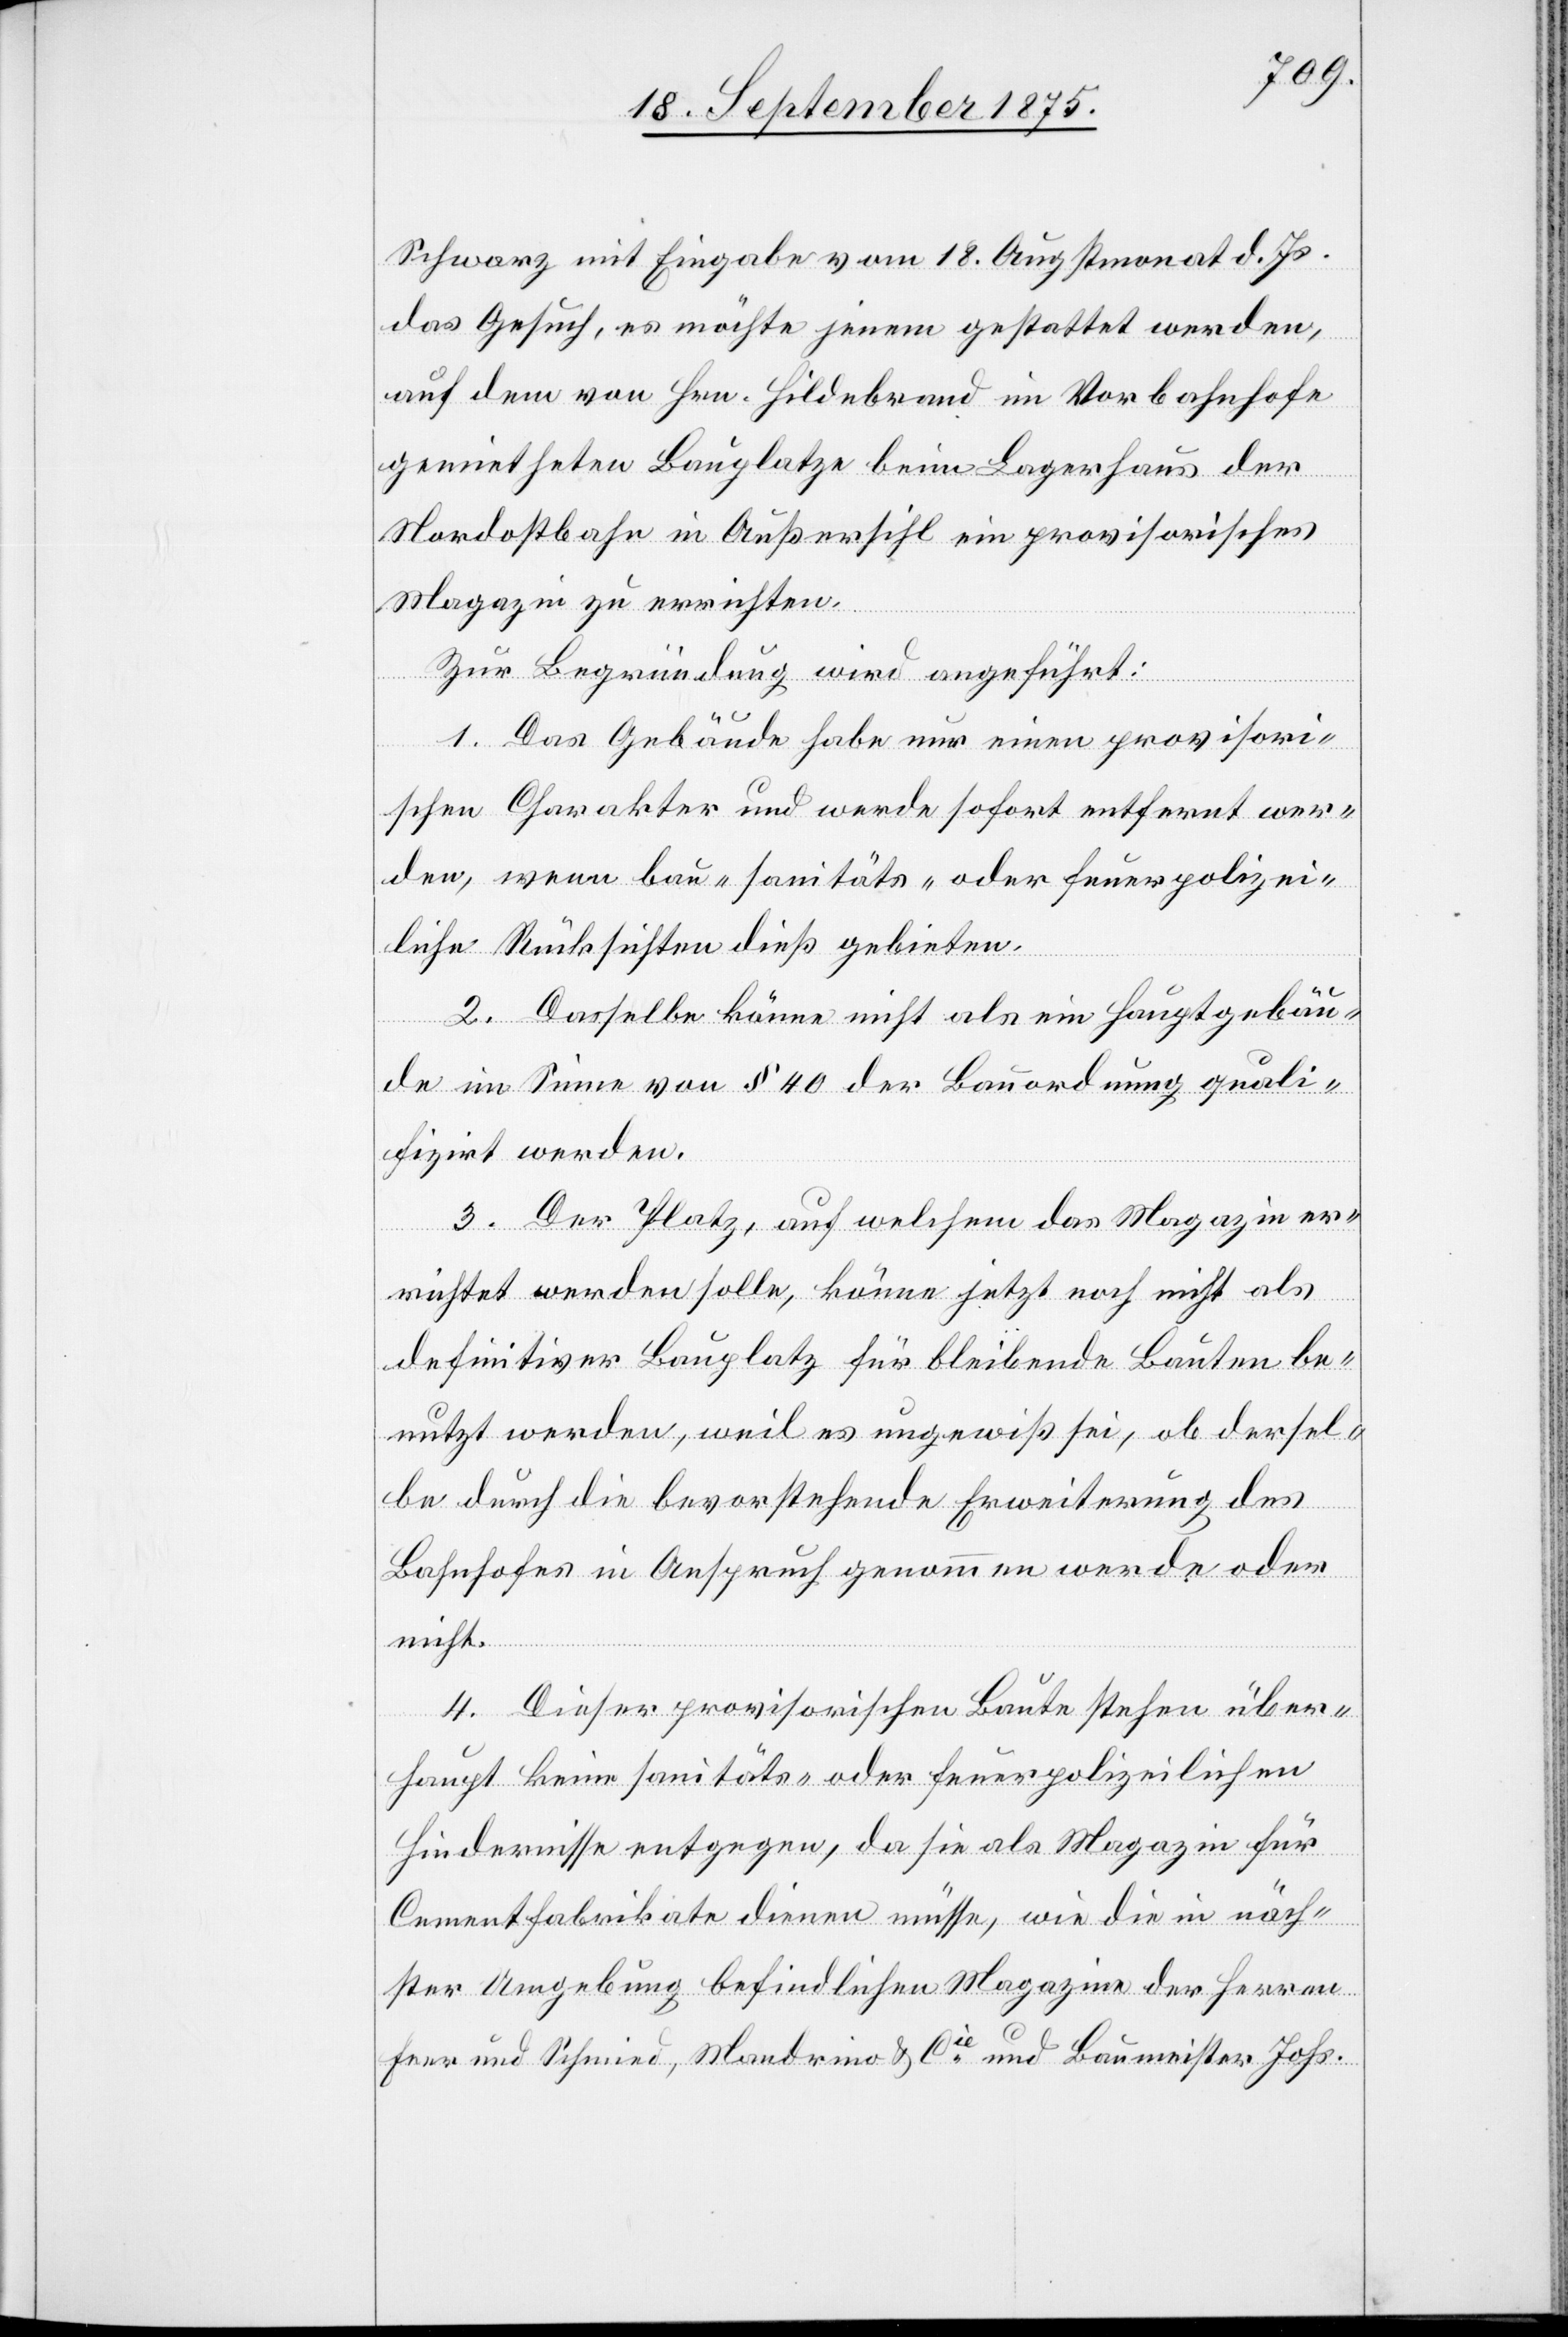
Schwarz mit Eingabe vom 18. Augstmonat d. Js.
das Gesuch, es möchte jenem gestattet werden,
auf dem von Hrn. Hildebrand im Vorbahnhofe
gemietheten Bauplatze beim Lagerhaus der
Nordostbahn in Außersihl ein provisorisches
Magazin zu errichten.
Zur Begründung wird angeführt:
1. Das Gebäude habe nur einen provisori¬
schen Charakter und werde sofort entfernt wer¬
den, wenn bau- sanitäts- oder feuerpolizei¬
liche Rücksichten dieß gebieten.
2. Dasselbe könne nicht als ein Hauptgebäu¬
de im Sinne von § 40 der Bauordnung quali¬
fizirt werden.
3. Der Platz, auf welchem das Magazin er¬
richtet werden solle, könne jetzt noch nicht als
definitiver Bauplatz für bleibende Bauten be¬
nutzt werden, weil es ungewiß sei, ob dersel¬
be durch die bevorstehende Erweiterung des
Bahnhofes in Anspruch genommen werde oder
nicht.
4. Dieser provisorischen Baute stehen über¬
haupt keine sanitäts- oder feuerpolizeilichen
Hindernisse entgegen, da sie als Magazin für
Cementfabrikate dienen müsse, wie die in näch¬
ster Umgebung befindlichen Magazine der Herren
Feer und Schmied, Mandrino & Cie und Baumeister Johs.